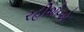
રહીશોએ